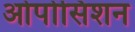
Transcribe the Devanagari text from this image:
ओपोसिशन